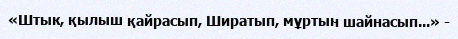
«Штык, қылыш қайрасып, Ширатып, мұртын шайнасып...» -